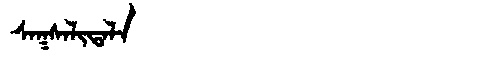
Manchu: ᠰᠠᡴᠰᠠᠯᡳᡨᠠᠯᠠ
Romanization: SAKSALITALA